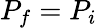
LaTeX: P_{f}=P_{i}